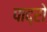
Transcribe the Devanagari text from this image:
पाद्रो